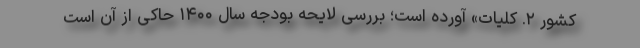
کشور ۲. کلیات» آورده است؛ بررسی لایحه بودجه سال ۱۴۰۰ حاکی از آن است